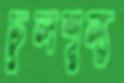
চুলশূন্য